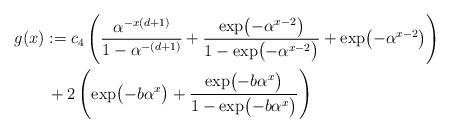
LaTeX: \begin{align*}g(x)&:=c_4\left(\frac{\alpha^{-x(d+1)}}{1-\alpha^{-(d+1)}}+\frac{\exp\bigl(-\alpha^{x-2}\bigr)}{1-\exp\bigl(-\alpha^{x-2}\bigr)}+\exp\bigl(-\alpha^{x-2}\bigr)\right)\\&\,+2\left(\exp\bigl(-b\alpha^x\bigr)+\frac{\exp\bigl(-b\alpha^x\bigr)}{1-\exp\bigl(-b\alpha^x\bigr)}\right)\end{align*}